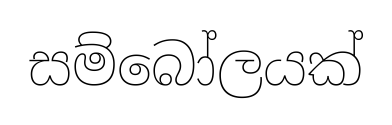
සම්බෝලයක්